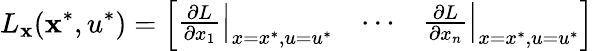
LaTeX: L_{\mathbf{x}}(\mathbf{x}^{*},u^{*})={\left[\begin{array}{lll}{\left.{\frac{\partial L}{\partial x_{1}}}\right|_{x=x^{*},u=u^{*}}}&{\cdots}&{\left.{\frac{\partial L}{\partial x_{n}}}\right|_{x=x^{*},u=u^{*}}}\end{array}\right]}